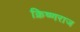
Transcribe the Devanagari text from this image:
क्रिष्णराज